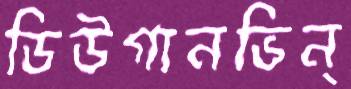
ডিউগানভিন্